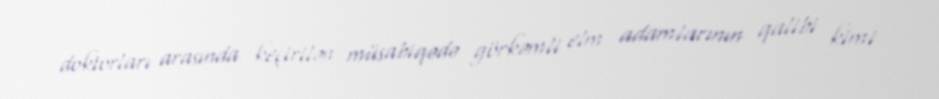
doktorları arasında keçirilən müsabiqədə görkəmli elm adamlarının qalibi kimi